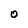
Character: O